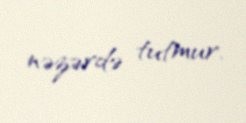
nəzərdə tutmur.